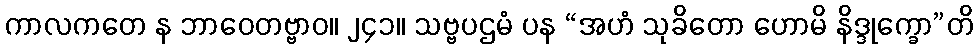
ကာလကတေ န ဘာဝေတဗ္ဗာဝ။ ၂၄၁။ သဗ္ဗပဌမံ ပန “အဟံ သုခိတော ဟောမိ နိဒ္ဒုက္ခော”တိ